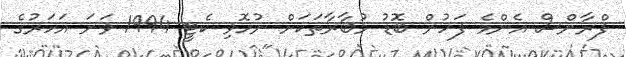
ފްރާންސް އެންމެ ފަހުން ބޮޑު މުބާރާތަކަށް ނުހޮވި ކެޓީ 1994 ވަނަ އަހަރުގެ